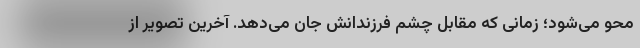
محو می‌شود؛ زمانی که مقابل چشم فرزندانش جان می‌دهد. آخرین تصویر از